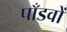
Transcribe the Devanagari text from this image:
पाँडवों